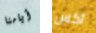
أيامنا آكس